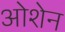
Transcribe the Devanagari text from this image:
ओशेन